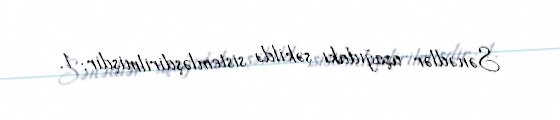
Sənədlər aşağıdakı şəkildə sistemləşdirilmişdir: 1.